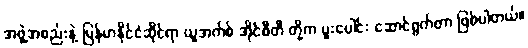
အဖွဲ့အစည်းနဲ့ မြန်မာနိုင်ငံဆိုင်ရာ ယူအက်စ် အိုင်စီတီ တို့က ပူးပေါင်း ဆောင်ရွက်တာ ဖြစ်ပါတယ်။